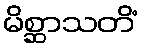
မိစ္ဆာသတိံ